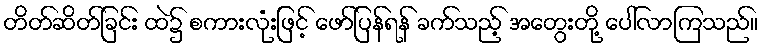
တိတ်ဆိတ်ခြင်း ထဲ၌ စကားလုံးဖြင့် ဖော်ပြန်ရန် ခက်သည့် အတွေးတို့ ပေါ်လာကြသည်။